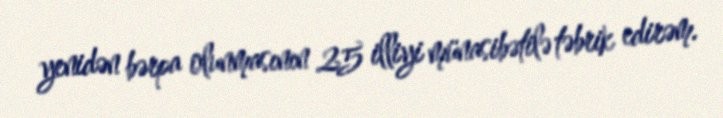
yenidən bərpa olunmasının 25 illiyi münasibətilə təbrik edirəm.